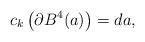
LaTeX: \begin{align*}c_k\left(\partial B^4(a)\right) = da,\end{align*}